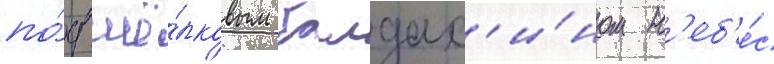
по́д шё́лковым балдах'и́ном н'еб'е́с